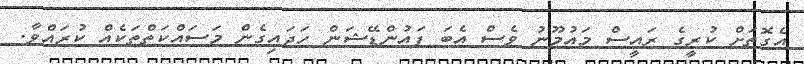
އެގޮތަށް ކުރީގެ ރައީސް މައުމޫނު ވެސް އެބަ ފައުންޑޭޝަން ހަދައިގެން މަސައްކަތްތަކެއް ކުރައްވާ.